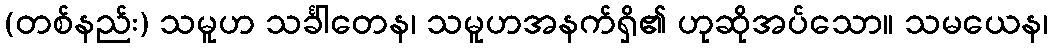
(တစ်နည်း) သမူဟ သင်္ခါတေန၊ သမူဟအနက်ရှိ၏ ဟုဆိုအပ်သော။ သမယေန၊